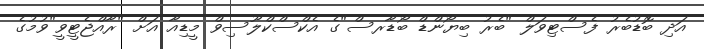
އަދި ބޮޑުބެރު ފެސްޓިވަލް "ބެރު ބިޔޯންޑް ބޯޑާރސް"ގެ އެކްސްކްލޫސިވް މީޑިއާ އަށް "ރާއްޖެޓީވީ"ވުމުގެ